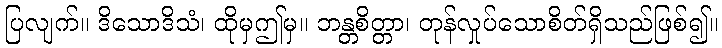
ပြလျက်။ ဒိသောဒိသံ၊ ထိုမှဤမှ။ ဘန္တစိတ္တာ၊ တုန်လှုပ်သောစိတ်ရှိသည်ဖြစ်၍။